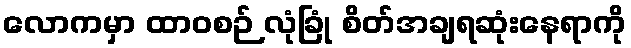
လောကမှာ ထာဝစဉ် လုံခြုံ စိတ်အချရဆုံးနေရာကို